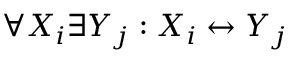
\forall X _ { i } \exists Y _ { j } : X _ { i } \leftrightarrow Y _ { j }